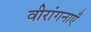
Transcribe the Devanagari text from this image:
वीरांगनाएँ